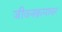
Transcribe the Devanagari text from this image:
जीवनक्रमावर